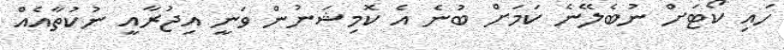
ހައި ކޯޓަށް ނުބެލޭނެ ކަމަށް ބުނެ އެ ކޮމިޝަނުން ވަނީ އިޖުރާއީ ނުކުތާއެއް